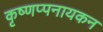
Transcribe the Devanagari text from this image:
कृष्णप्पनायकन